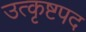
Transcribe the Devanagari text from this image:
उत्कृष्टपद